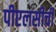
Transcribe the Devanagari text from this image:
पीएलसीची